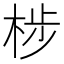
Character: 𮲳